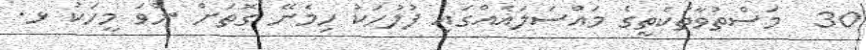
30  މަސްތުވާތަކެތީގެ މައްސަލައެއްގައި ފުލުހަކު ހިމެނޭ ގޮތަށް ނުވަ މީހަކު ޅ.